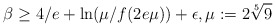
\begin{align*} \beta \geq 4/e + \ln(\mu/f(2e\mu))+\epsilon, \mu := 2\sqrt[5]{9}\end{align*}